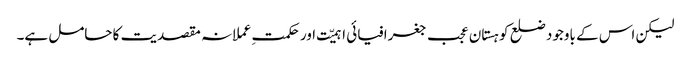
لیکن اس کے باوجود ضلع کوہستان عجب جغرافیائی اہمیّت اور حکمتِ عملانہ مقصدیت کا حامل ہے۔